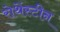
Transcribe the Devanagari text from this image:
रोथेंस्टीन